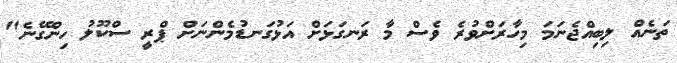
ތަނެއް ލިބިއްޖެނަމަ މިހާރަށްވުރެ ވެސް މާ ރަނގަޅަށް އަޅުގަނޑުމެންނަށް ޕްރީ ސްކޫލު ހިންގޭނެ"